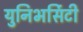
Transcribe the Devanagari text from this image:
युनिभर्सिटी